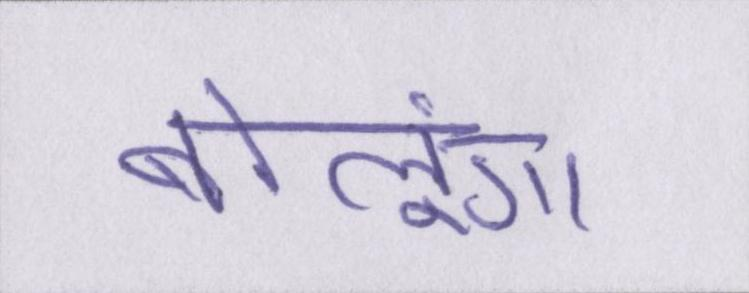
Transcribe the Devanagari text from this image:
बोलूंगा